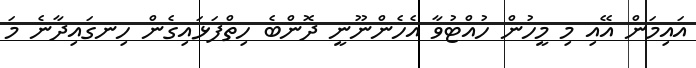
އައިމަން އޭއި މި މީހުން ހުއްޓުވާ އެހެންނޫނީ ދޮންބެ ހިތްފަޅައިގެން ހިނގައިދާނެ މަ